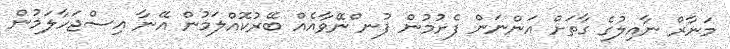
މަނާރް ނާއިލުގެ ގާތަށް އަންނަން ފެށުމުން ފުނ ްނޭވާއެއް ބޭރުކޮއްލަމުން އޭނާ އިސްޖަހާލަމުން